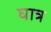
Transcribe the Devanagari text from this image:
घात्र